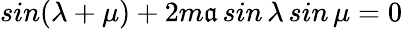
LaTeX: sin(\lambda+\mu)+2m\mathfrak{a}\, sin\, \lambda\, sin\, \mu=0